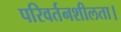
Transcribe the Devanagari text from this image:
परिवर्तनशीलता।